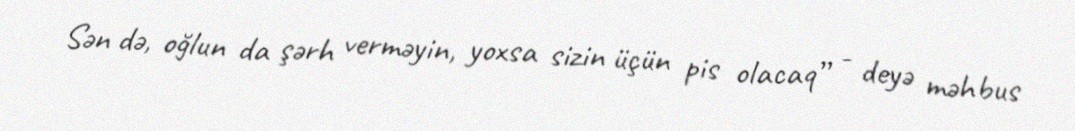
Sən də, oğlun da şərh verməyin, yoxsa sizin üçün pis olacaq” - deyə məhbus